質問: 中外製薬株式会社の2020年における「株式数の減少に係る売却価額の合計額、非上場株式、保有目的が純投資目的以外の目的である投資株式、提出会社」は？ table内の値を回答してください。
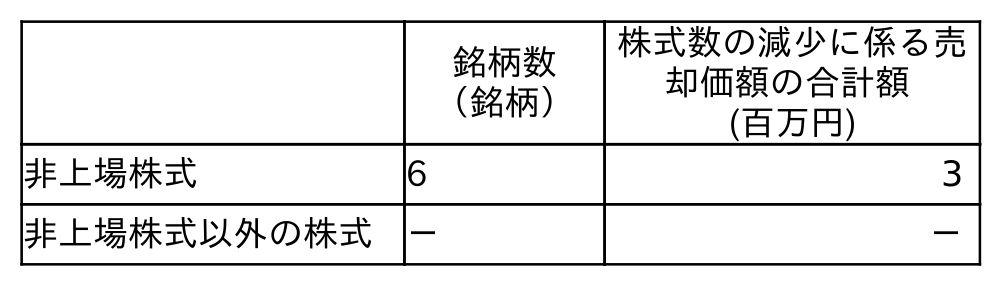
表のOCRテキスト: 銘柄数 （銘柄） 株式数の減少に係る売 却価額の合計額 (百万円) 非上場株式 6 3 非上場株式以外の株式 － －
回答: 3